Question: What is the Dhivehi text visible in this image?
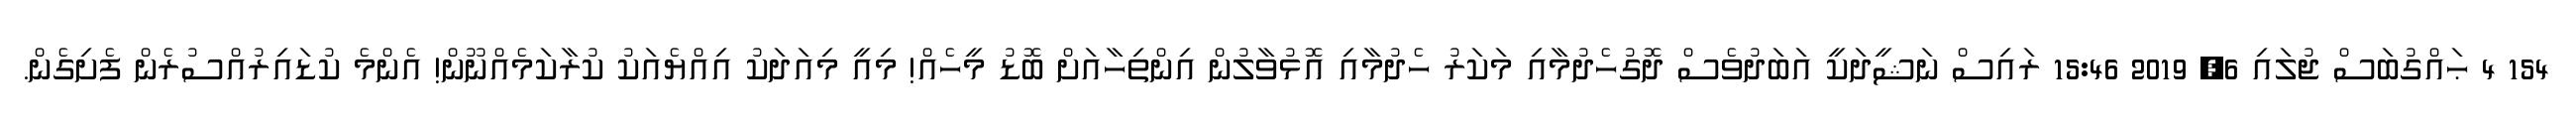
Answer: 154 4 ޙައްގުބަސް ޖުލައި 6, 2019 15:46 ރައިސް ނަޝީދަކީ އަބަދުވެސް ދޮގުހެދުމާއި މަކަރު ހެދުމާއި އޮޅުވާލުން އިންތިހާއަށް ބޮޑު މީހެއް! މިއީ މިއަދަކު އިއްޔެއަކު ކުރާކަމެއްނޫން! އެންމެ ކުޑައިރުއްސުރެން ފެށިގެން.